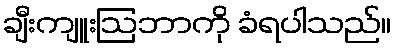
ချီးကျူးဩဘာကို ခံရပါသည်။